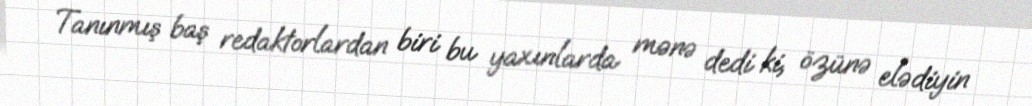
Tanınmış baş redaktorlardan biri bu yaxınlarda mənə dedi ki, özünə elədiyin